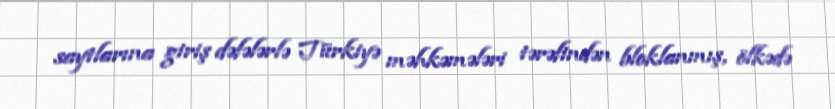
saytlarına giriş dəfələrlə Türkiyə məhkəmələri tərəfindən bloklanmış, ölkədə